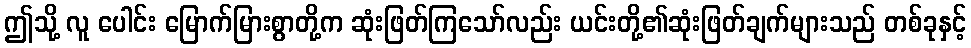
ဤသို့ လူ ပေါင်း မြောက်မြားစွာတို့က ဆုံးဖြတ်ကြသော်လည်း ယင်းတို့၏ဆုံးဖြတ်ချက်များသည် တစ်ခုနှင့်